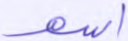
اسم